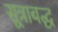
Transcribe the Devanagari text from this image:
सूत्राबद्ध